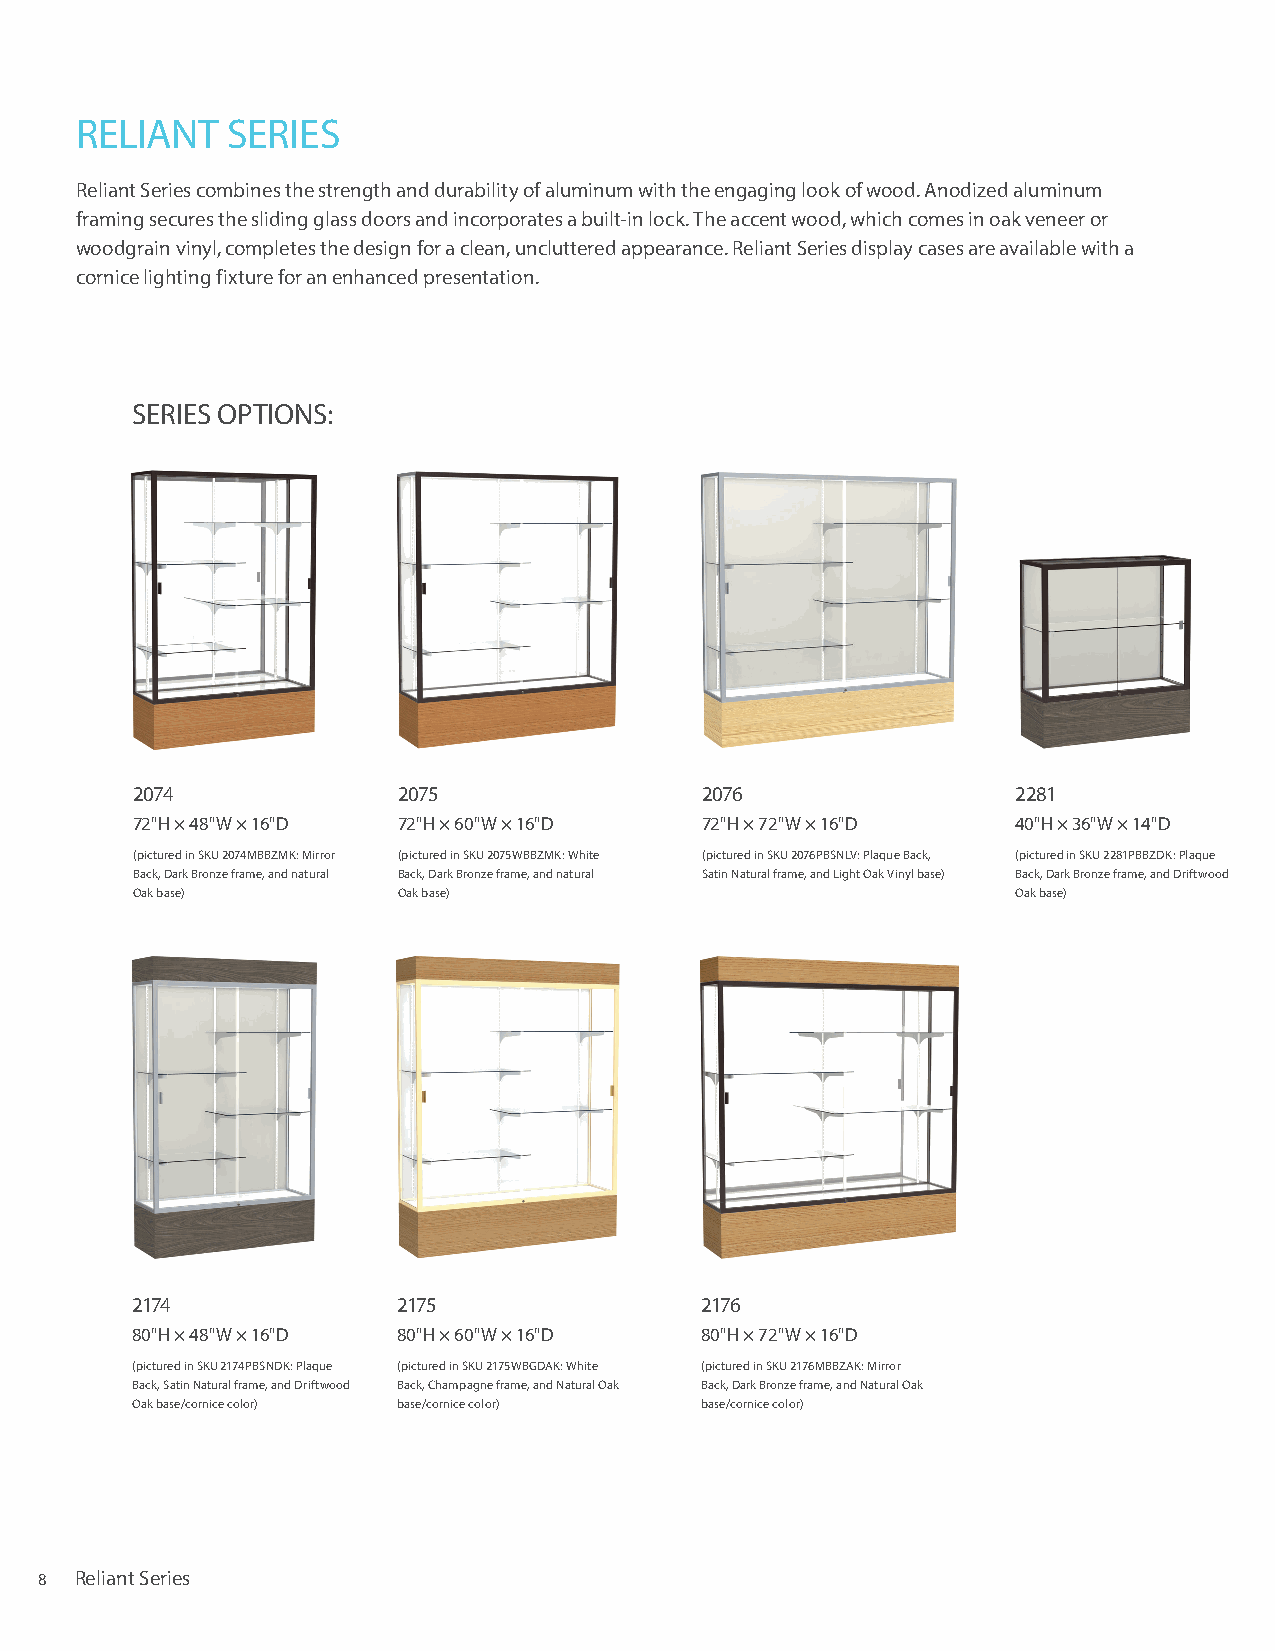
RELIANT   SERIES
 Reliant Series combines the strength and durability of aluminum with the engaging look of wood. Anodized aluminum
 framing secures the sliding glass doors and incorporates a built-in lock. The accent wood, which comes in oak veneer or
 woodgrain vinyl, completes the design for a clean, uncluttered appearance. Reliant Series display cases are available with a
 cornice lighting fixture for an enhanced presentation.
 SERIES OPTIONS:
 2074             2075                2076                 2281
 72"H × 48"W × 16"D 72"H × 60"W × 16"D 72"H × 72"W × 16"D  40"H × 36"W × 14"D
 (pictured in SKU 2074MBBZMK: Mirror (pictured in SKU 2075WBBZMK: White (pictured in SKU 2076PBSNLV: Plaque Back, (pictured in SKU 2281PBBZDK: Plaque
 Back, Dark Bronze frame, and natural Back, Dark Bronze frame, and natural Satin Natural frame, and Light Oak Vinyl base) Back, Dark Bronze frame, and Driftwood
 Oak base)        Oak base)                                Oak base)
 2174             2175                2176
 80"H × 48"W × 16"D 80"H × 60"W × 16"D 80"H × 72"W × 16"D
 (pictured in SKU 2174PBSNDK: Plaque (pictured in SKU 2175WBGDAK: White (pictured in SKU 2176MBBZAK: Mirror
 Back, Satin Natural frame, and Driftwood Back, Champagne frame, and Natural Oak Back, Dark Bronze frame, and Natural Oak
 Oak base/cornice color) base/cornice color) base/cornice color)
 8  Reliant Series